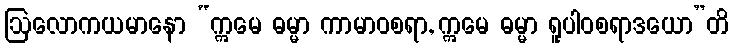
ဩလောကယမာနော “ဣမေ ဓမ္မာ ကာမာဝစရာ, ဣမေ ဓမ္မာ ရူပါဝစရာဒယော”တိ